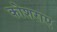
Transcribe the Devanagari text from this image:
कोशराए